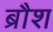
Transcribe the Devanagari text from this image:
ब्रौश